Riigikantselei, lk 145
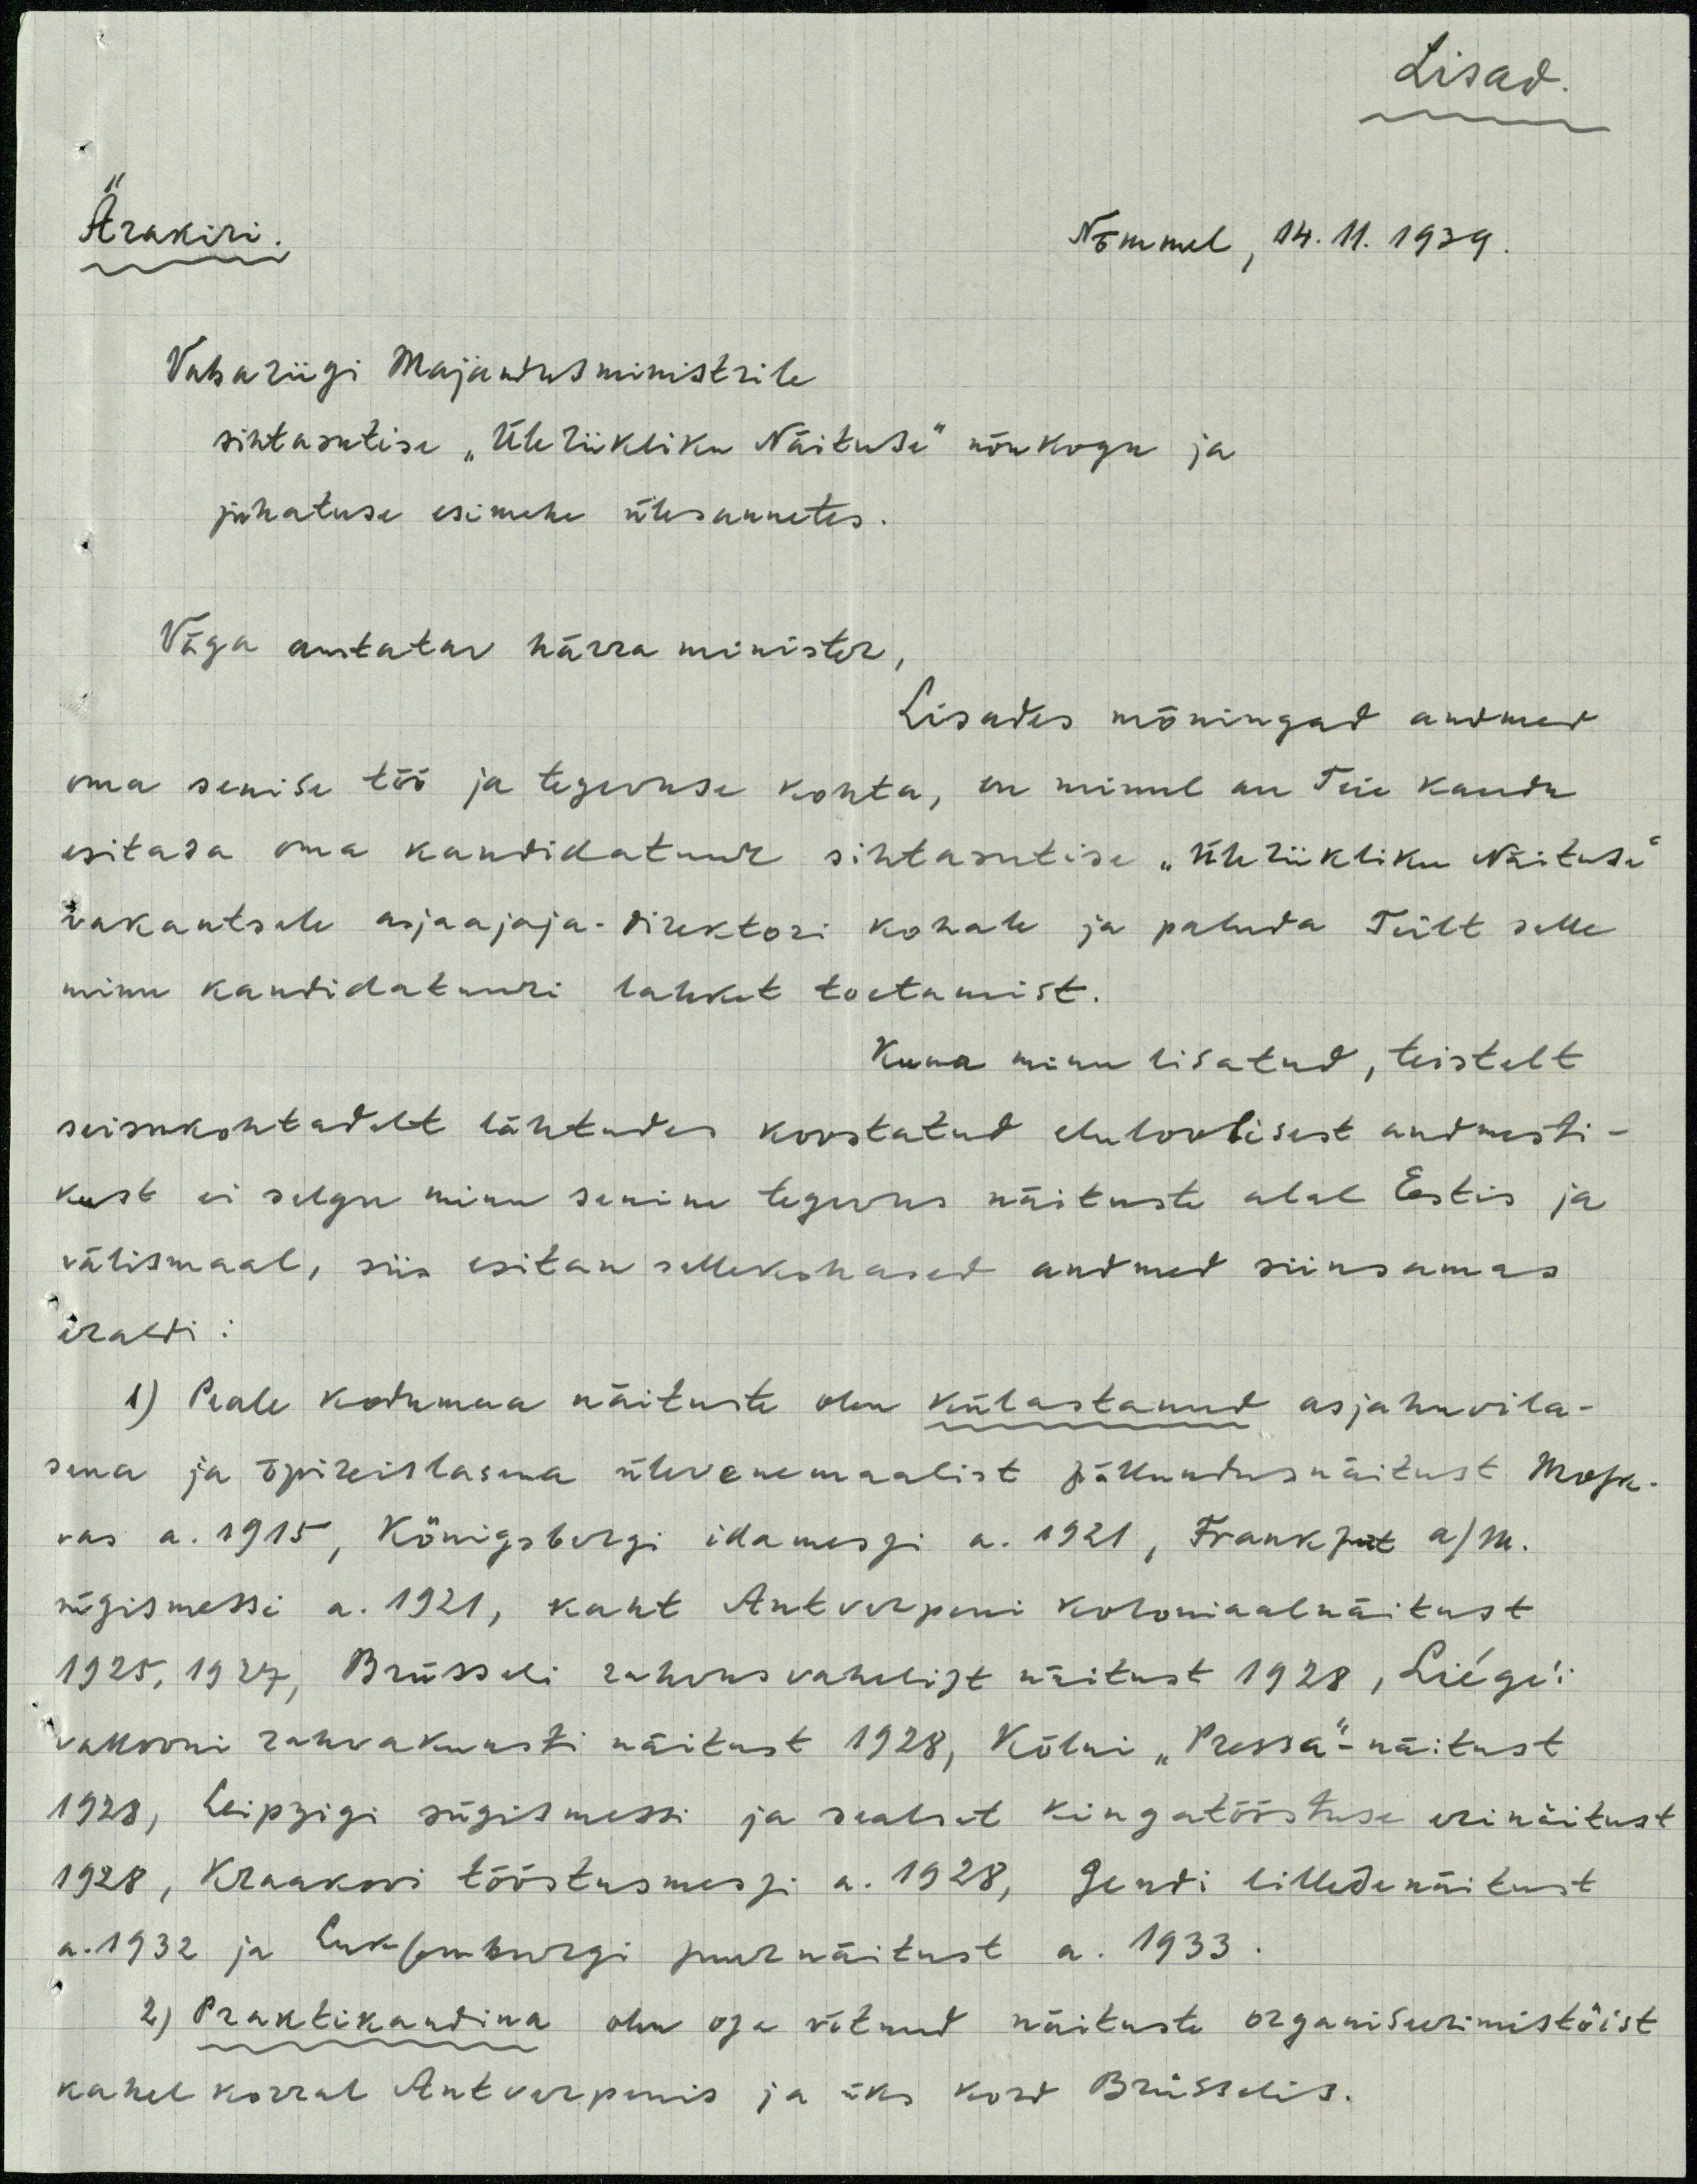
Lisad
Ärakiri
Nõmmel, 14. 11. 1939.
Vabariigi Majandusministrile
sihtasutise "Üleriikliku Näituse" nõukogu ja
juhatuse esimehe ülesannetes.
Väga austatav härra minister,
Lisades mõningad andmed
oma senise töö ja tegevuse kohta, on minul au Teie kaudu
esitada oma kandikatuur sihtasutise "üleriikliku Näituse"
vakantsele asjaajaja-direktori kohale ja paluda Teilt selle
minu kandidatuuri lahket toetamist.
Kuna minu lisatud, teistelt
seisukohtadelt lähtudes koostatud eluloolisest andmesti-
kust ei selgu minu senine tegevus näituste alal Eestis ja
välismaal, siis esitan sellekohased andmed siinsamas
eraldi:
1) Peale kodumaa näituste olen külastanud asjahuvila-
sena ja õpireislasena ülevenemaalist põllundusnäitust Mosk-
vas a. 1915, Königsbergi idamessi a. 1921, Frankfurt a/M.
sügismessi a. 1921, kaht Antverpeni koloniaalnäitust
1925,1927, Brüsseli rahvusvahelist näitust 1928, Liégi
vakooni rahvakunsti näitust 1928, Kölni "Pressa"näitust
1928, Leipzigi sügismessi ja sealset kingatööstuse erinäitust
1928, Krakovi tööstusmessi a. 1928, Gendi lilledenäitust
a. 1932 ja Luxemburgi suurnäitust a. 1933.
2) Praktikandina olen osa võtnud näituste organiseerimistöist
kahel korral Antverpenis ja üks kord Brüsselis.